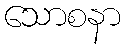
သောစနာ